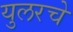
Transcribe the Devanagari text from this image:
युलरचे